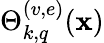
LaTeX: \Theta_{k,q}^{(v,e)}(\mathbf{x})